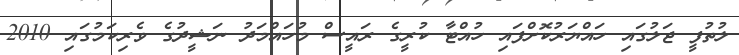
ލުތުފީ ޖަލުގައި ހައްޔަރުކޮށްފައި ހުއްޓާ ކުރީގެ ރައީސް މުހައްމަދު ނަޝީދުގެ ވެރިކަމުގައި 2010